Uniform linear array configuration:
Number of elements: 48
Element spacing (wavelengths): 0.5
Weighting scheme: hann
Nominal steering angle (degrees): -60
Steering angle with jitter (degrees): -59.774
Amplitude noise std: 0.05
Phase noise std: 0.05

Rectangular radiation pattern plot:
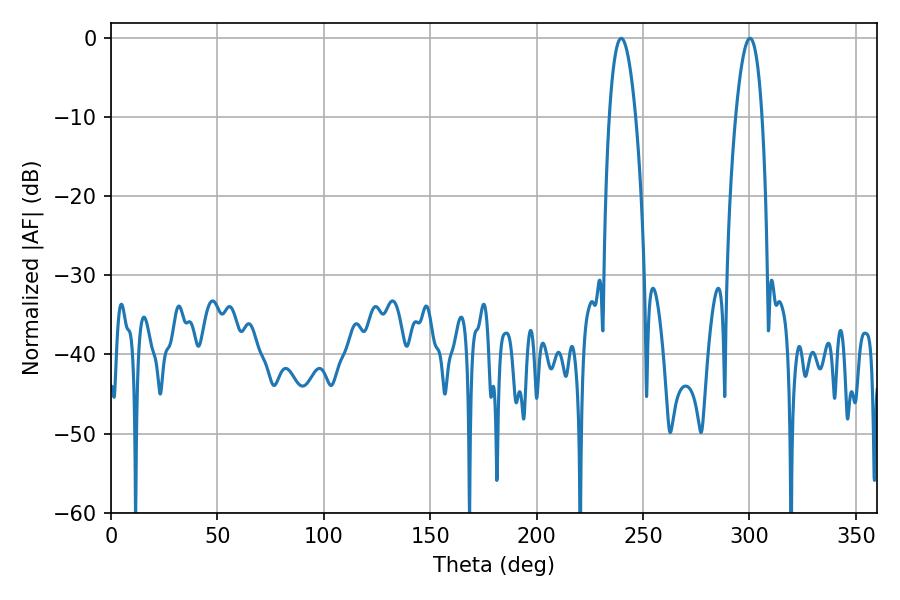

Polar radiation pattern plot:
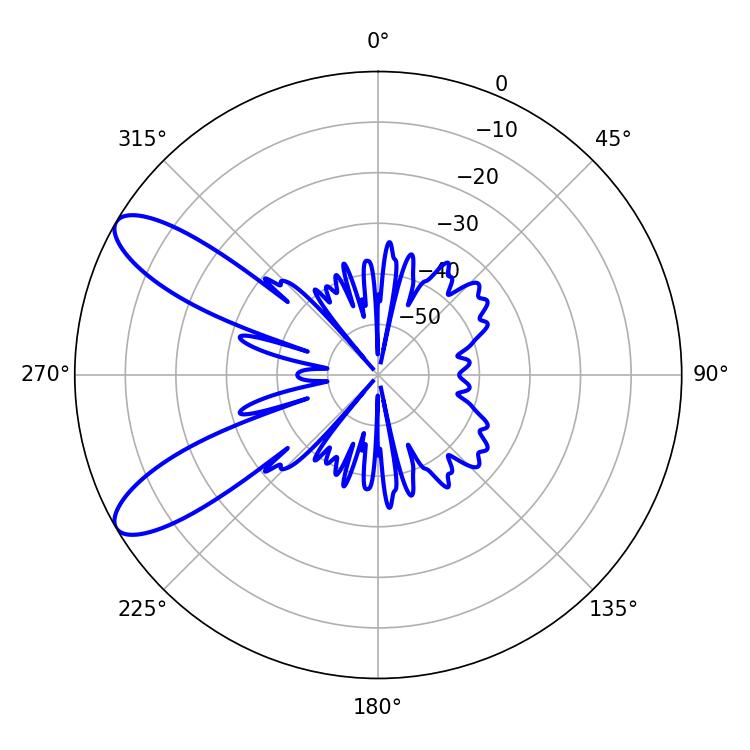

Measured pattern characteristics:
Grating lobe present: FALSE
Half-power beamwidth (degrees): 6.84
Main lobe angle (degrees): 300.24